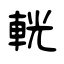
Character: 輄